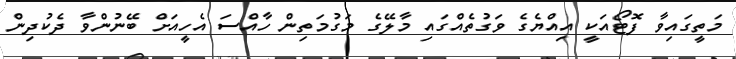
މަތީގައިވާ ފޮޓޯއަކީ އިއްޔެގެ ވަގުތެއްގައި މާލޭގެ މަގުމަތިން ހާއްސަ އެހީއަށް ބޭނުންވާ ދެކުދިން